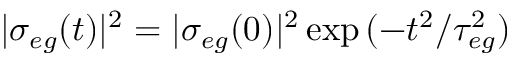
| \sigma _ { e g } ( t ) | ^ { 2 } = | \sigma _ { e g } ( 0 ) | ^ { 2 } \exp { ( - t ^ { 2 } / { \tau } _ { e g } ^ { 2 } ) }